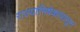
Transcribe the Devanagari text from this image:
राज्याभिषेकापासून